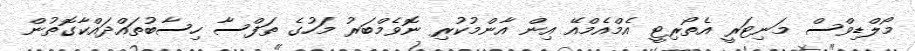
މޯލްޑިވްސް މަނިޓަރީ އެތޯރިޓީ އެމްއެމްއޭ އިން އާންމުކުރި ނޮވެމްބަރު މަހުގެ ތަފްސާ ހިސާބުތައްދައްކާގޮތުން